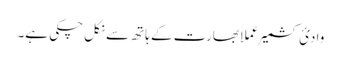
وادیٔ کشمیر عملاََ بھارت کے ہاتھ سے نکل چکی ہے۔